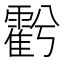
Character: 𮦱